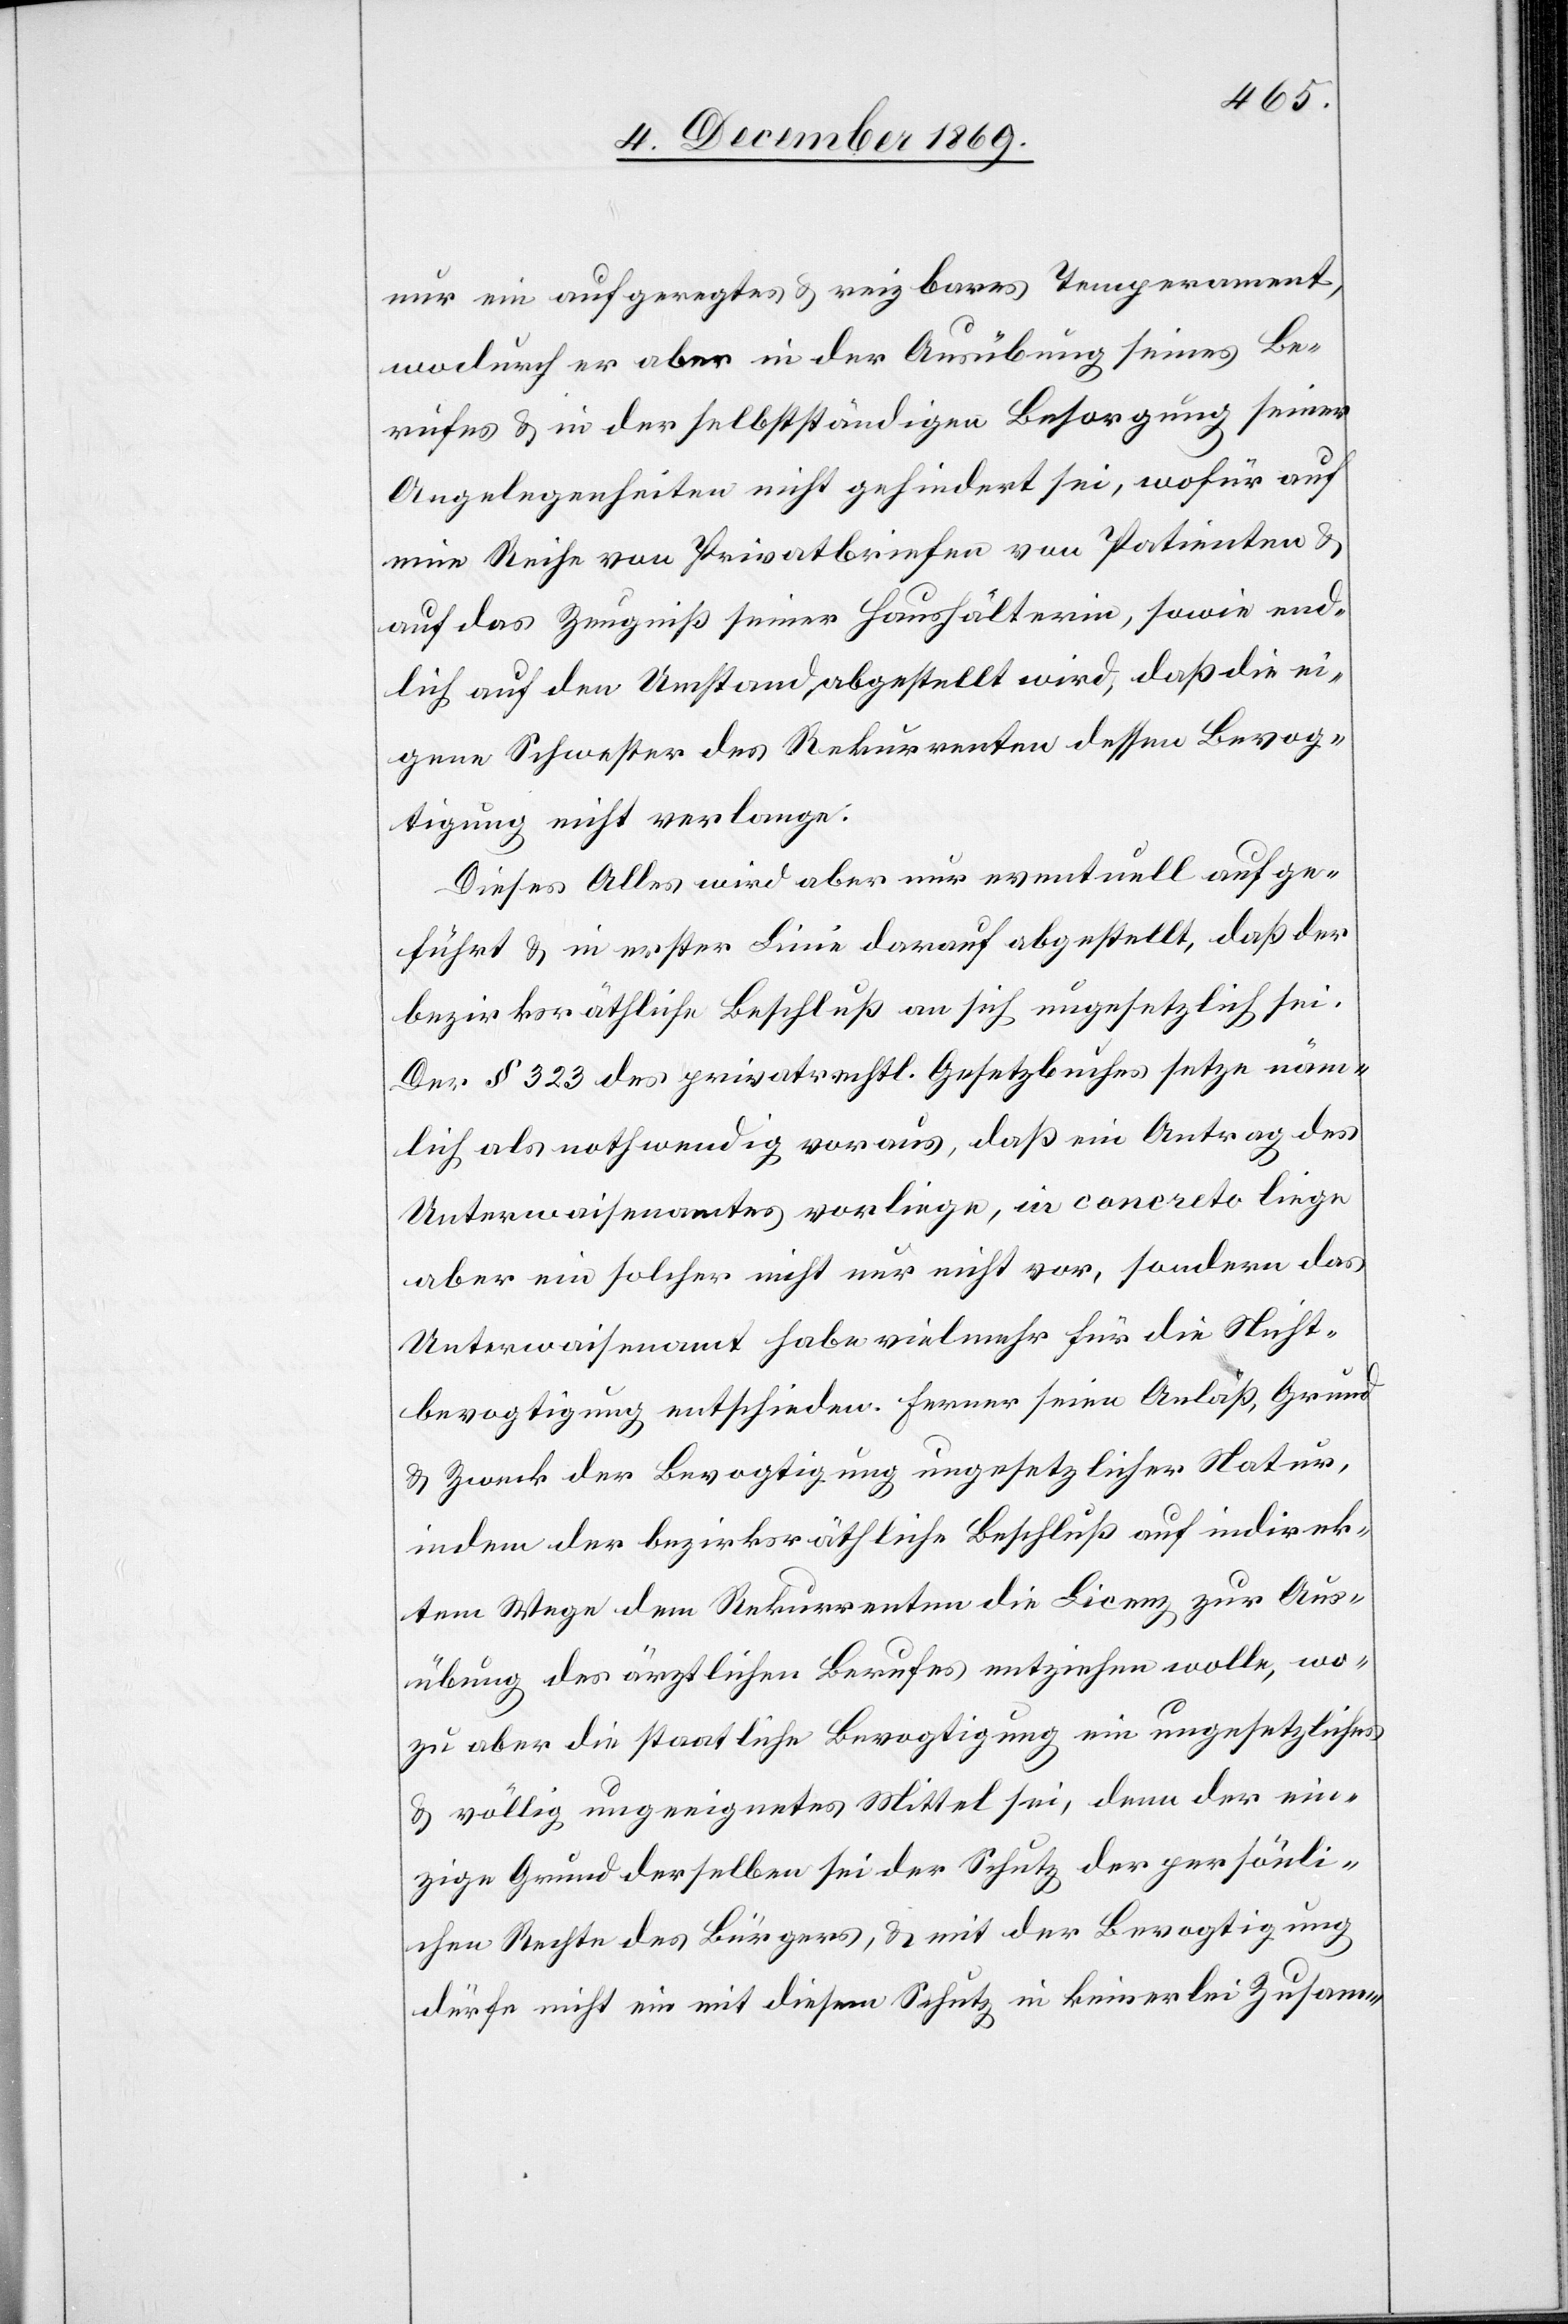
nur ein aufgeregtes & reizbares Temperament,
wodurch er aber in der Ausübung seines Be¬
rufes & in der selbstständigen Besorgung seiner
Angelegenheiten nicht gehindert sei, wofür auf
eine Reihe von Privatbriefen von Patienten &
auf das Zeugniß seiner Haushälterin, sowie end¬
lich auf den Umstand abgestellt wird, daß die ei¬
gene Schwester des Rekurrenten dessen Bevog¬
tigung nicht verlange.
Dieses Alles wird aber nur eventuell aufge¬
führt & in erster Linie darauf abgestellt, daß der
bezirksräthliche Beschluß an sich ungesetzlich sei.
Der § 323 des privatrechtl. Gesetzbuches setze näm¬
lich als nothwendig voraus, daß ein Antrag des
Unterwaisenamtes vorliege, in concreto liege
aber ein solcher nicht nur nicht vor, sondern das
Unterwaisenamt habe vielmehr für die Nicht¬
bevogtigung entschieden. Ferner seien Anlaß, Grund
& Zweck der Bevogtigung ungesetzlicher Natur,
indem der bezirksräthliche Beschluß auf indirek¬
tem Wege dem Rekurrenten die Licenz zur Aus¬
übung des ärztlichen Berufes entziehen wolle, wo¬
zu aber die staatliche Bevogtigung ein ungesetzliches
& völlig ungeeignetes Mittel sei, denn der ein¬
zige Grund derselben sei der Schutz der persönli¬
chen Rechte des Bürgers, & mit der Bevogtigung
dürfe nicht ein mit diesem Schutz in keinerlei Zusam-